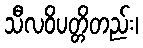
သီလဝိပတ္တိတည်း၊